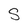
Character: S